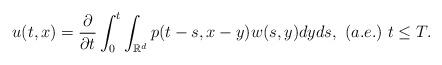
LaTeX: \begin{align*} u(t,x) &=\frac{\partial}{\partial t}\int_{0}^{t}\int_{\mathbb{R}^{d}} p(t-s,x-y) w(s,y)dy ds,~(a.e.) \,\,t\leq T.\end{align*}